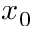
x _ { 0 }